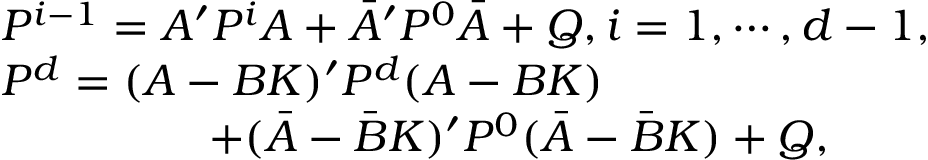
\begin{array} { r l } & { P ^ { i - 1 } = A ^ { \prime } P ^ { i } A + \bar { A } ^ { \prime } P ^ { 0 } \bar { A } + Q , i = 1 , \cdots , d - 1 , } \\ & { P ^ { d } = ( A - B K ) ^ { \prime } P ^ { d } ( A - B K ) } \\ & { ~ ~ ~ ~ ~ ~ ~ ~ ~ ~ ~ ~ ~ ~ + ( \bar { A } - \bar { B } K ) ^ { \prime } P ^ { 0 } ( \bar { A } - \bar { B } K ) + Q , } \end{array}